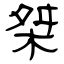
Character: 桀